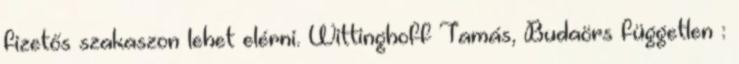
fizetős szakaszon lehet elérni. Wittinghoff Tamás, Budaörs független :